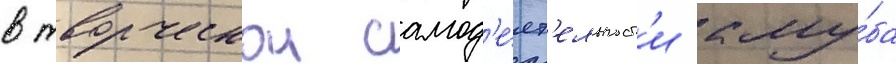
в творческои самод'е́ят'ельност'и клу́ба